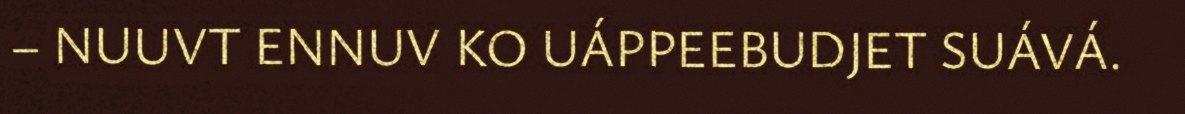
– NUUVT ENNUV KO UÁPPEEBUDJET SUÁVÁ.